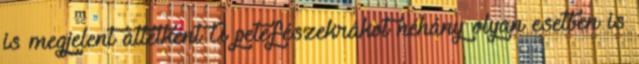
is megjelent áttétként A petefészekrákot néhány olyan esetben is